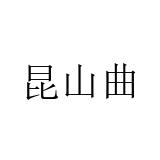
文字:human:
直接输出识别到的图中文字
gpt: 昆山曲